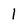
Character: 1